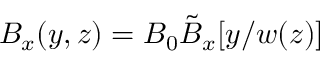
B _ { x } ( y , z ) = B _ { 0 } \tilde { B } _ { x } [ y / w ( z ) ]